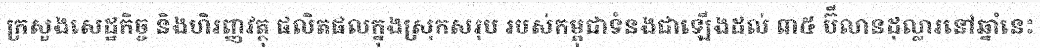
ក្រសួងសេដ្ឋកិច្ច និងហិរញ្ញវត្ថុ ផលិតផលក្នុងស្រុកសរុប របស់កម្ពុជាទំនងជាឡើងដល់ ៣៥ ប៊ីលានដុល្លារនៅឆ្នាំនេះ